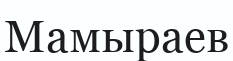
Мамыраев